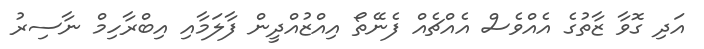
އަދި ގޮވާ ޒާތުގެ އެއްވެސް އެއްޗެއް ފެނޭތޯ އިއްޒުއްދީން ފާލަމާއި އިބްރާހިމް ނާސިރު